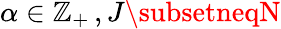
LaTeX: \alpha\in\mathbb{Z}_{+}\, ,J\subsetneqN